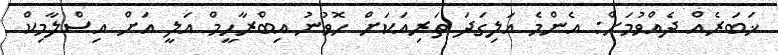
ޚަބަރެއް ދެއްވުމަށް: އެންމެ އަލިގަދަ ތަރިއަކަށް ހޮވުނު އިބްރާހީމް އަލީ އަށް އިސްލާމިކް